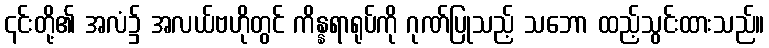
၎င်းတို့၏ အလံ၌ အလယ်ဗဟိုတွင် ကိန္နရာရုပ်ကို ဂုဏ်ပြုသည့် သဘော ထည့်သွင်းထားသည်။